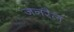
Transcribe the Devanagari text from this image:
जनरैल